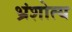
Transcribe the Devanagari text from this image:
भ्रंशोत्य